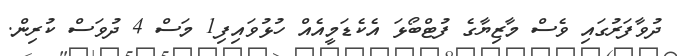
ދުވާފަރުގައި ވެސް މާޒިޔާގެ ފުޓްބޯޅަ އެކެޑަމީއެއް ހުޅުވައިފި1 މަސް 4 ދުވަސް ކުރިން.